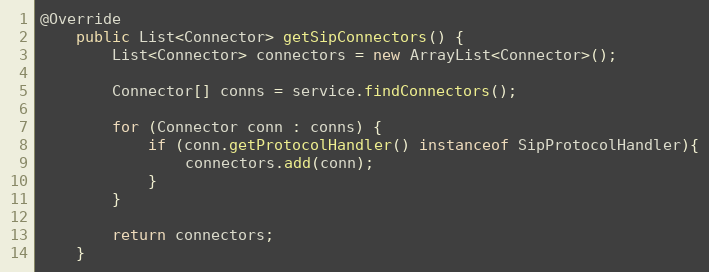
Language: Java
@Override
	public List<Connector> getSipConnectors() {
		List<Connector> connectors = new ArrayList<Connector>();

		Connector[] conns = service.findConnectors();

		for (Connector conn : conns) {
			if (conn.getProtocolHandler() instanceof SipProtocolHandler){
				connectors.add(conn);
			}
		}

		return connectors;
	}